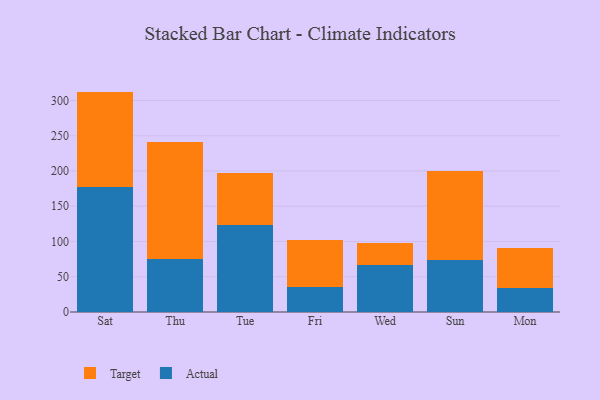
{"axis": {"x": "Day", "y": "Net Income (USD K)"}, "legend": ["Actual", "Target"], "data": [{"x": "Sat", "y": 177.2, "type": "Actual"}, {"x": "Sat", "y": 135.4, "type": "Target"}, {"x": "Thu", "y": 75.7, "type": "Actual"}, {"x": "Thu", "y": 166.1, "type": "Target"}, {"x": "Tue", "y": 123.2, "type": "Actual"}, {"x": "Tue", "y": 73.6, "type": "Target"}, {"x": "Fri", "y": 35.6, "type": "Actual"}, {"x": "Fri", "y": 66.6, "type": "Target"}, {"x": "Wed", "y": 66.6, "type": "Actual"}, {"x": "Wed", "y": 31.2, "type": "Target"}, {"x": "Sun", "y": 74.0, "type": "Actual"}, {"x": "Sun", "y": 125.5, "type": "Target"}, {"x": "Mon", "y": 33.7, "type": "Actual"}, {"x": "Mon", "y": 56.8, "type": "Target"}]}